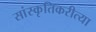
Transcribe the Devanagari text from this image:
सांस्कृतिकरीत्या